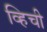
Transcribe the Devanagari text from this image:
व्हिची